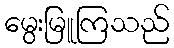
မွေးမြူကြသည်